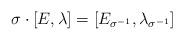
LaTeX: \begin{align*}\sigma \cdot [E,\lambda] = [E_{\sigma^{-1}}, \lambda_{\sigma^{-1}}]\end{align*}